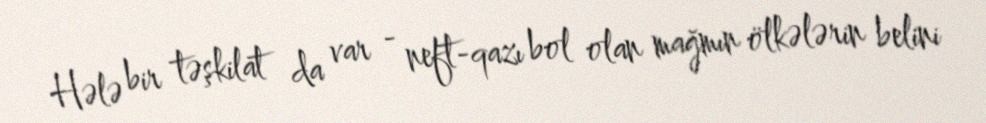
Hələ bir təşkilat da var - neft-qazı bol olan mağmın ölkələrin belini